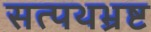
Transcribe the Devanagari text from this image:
सत्पथभ्रष्ट